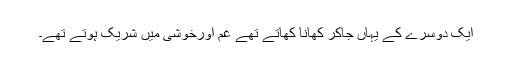
ایک دوسرے کے یہاں جاکر کھانا کھاتے تھے غم اورخوشی میں شریک ہوتے تھے۔